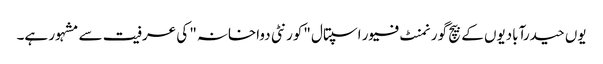
یوں حیدرآبادیوں کے بیچ گورنمنٹ فیور اسپتال "کورنٹی دواخانہ" کی عرفیت سے مشہور ہے۔